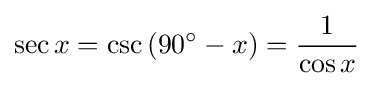
\sec x=\csc \left(90^{\circ }-x\right)={\frac {1}{\cos x}}